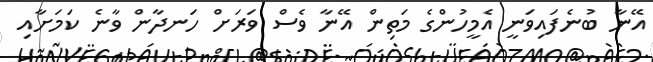
އޭނާ ބުނެފައިވަނީ އެމީހުންގެ މަތިން އޭނާ ވެސް ވަރަށް ހަނދާން ވާނެ ކަމަށާއި